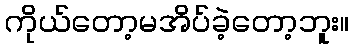
ကိုယ်တော့မအိပ်ခဲ့တော့ဘူး။